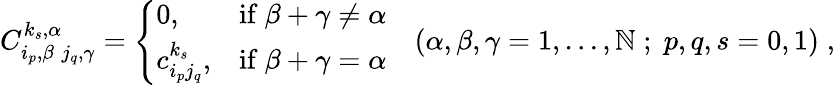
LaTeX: C_{i_{p},\beta\; j_{q},\gamma}^{k_{s},\alpha}=\left\{ \begin{array}{lll}{{0,}}&{{\mathrm{if}\ \beta+\gamma\neq\alpha}}\\ {{c_{i_{p}j_{q}}^{k_{s}},}}&{{\mathrm{if}\ \beta+\gamma=\alpha}}\end{array}\right.\quad(\alpha,\beta,\gamma=1,\ldots,\mathbb{N}\; ;\; p,q,s=0,1)\; ,